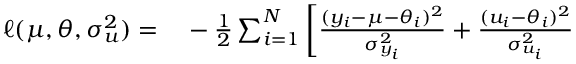
\begin{array} { r l } { \ell ( \mu , \boldsymbol { \theta } , \boldsymbol { \sigma _ { u } ^ { 2 } } ) = } & { { } - \frac { 1 } { 2 } \sum _ { i = 1 } ^ { N } \left[ \frac { ( y _ { i } - \mu - \theta _ { i } ) ^ { 2 } } { \sigma _ { y _ { i } } ^ { 2 } } + \frac { ( u _ { i } - \theta _ { i } ) ^ { 2 } } { \sigma _ { u _ { i } } ^ { 2 } } \right. } \end{array}